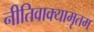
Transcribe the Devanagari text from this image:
नीतिवाक्यामृतम